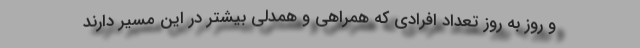
و روز به روز تعداد افرادی که همراهی و همدلی بیشتر در این مسیر دارند